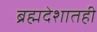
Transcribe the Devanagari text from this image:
ब्रह्मदेशातही